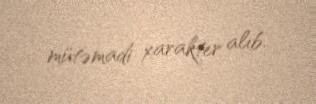
mütəmadi xarakter alıb.